Report of the Bombay Veterinary College
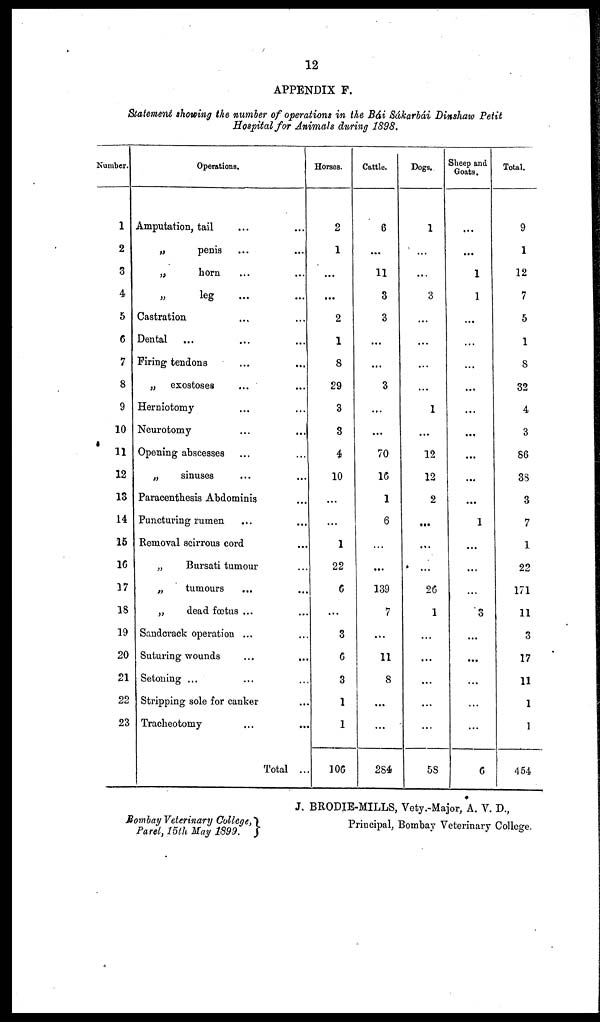
12
APPENDIX F.
Statement showing the number of operations in the Bái Sákarbái Dinshaw Petit
Hospital for Animals during 1898.
Number.
1
2
3
4
5
6
7
8
9
10
11
12
13
14
15
16
17
18
19
20
21
22
23
Operations.
Amputation, tail
„
penis
„
horn
„
leg
Castration
Dental
Firing tendons
...
„
exostoses
Herniotomy
Neurotomy
Opening abscesses
„
sinuses
Paracenthesis Abdominis
Puncturing rumen
Removal scirrous cord
„
Bursati tumour
„
tumours
„
dead fœtus ...
Sandcrack operation ...
Suturing wounds
Setoning ...
Stripping sole for canker
Tracheotomy
Total ..
Horses.
2
1
...
...
2
1
8
29
3
3
4
10
...
...
1
22
6
...
3
6
3
1
1
106
Cattle.
6
...
11
3
3
...
...
3
...
...
70
16
1
6
...
...
139
7
...
11
8
...
...
284
Dogs.
1
...
...
3
...
...
...
...
1
...
12
12
2
...
...
...
26
1
...
...
...
...
...
58
Sheep and
Goats.
...
...
1
1
...
...
...
...
...
...
...
...
...
1
...
...
...
3
...
...
...
...
...
6
Total.
9
1
12
7
5
1
8
32
4
3
86
38
3
7
1
22
171
11
3
17
11
1
1
454
Bombay Veterinary College, }
Parel, 15th May 1899.
J. BRODIE-MILLS, Vety.-Major, A. V. D.,
Principal, Bombay Veterinary College.